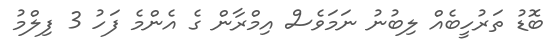
ބޮޑު ތަރުހީބެއް ލިބުނު ނަމަވެސް އިމްރާން ގެ އެންމެ ފަހު 3 ފިލްމު